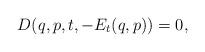
LaTeX: \begin{align*}D(q,p,t,-E_t(q,p))=0,\end{align*}